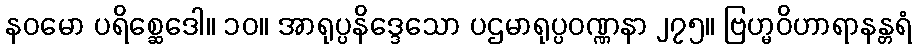
နဝမော ပရိစ္ဆေဒေါ။ ၁၀။ အာရုပ္ပနိဒ္ဒေသော ပဌမာရုပ္ပဝဏ္ဏနာ ၂၇၅။ ဗြဟ္မဝိဟာရာနန္တရံ